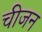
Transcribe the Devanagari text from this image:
चीजन